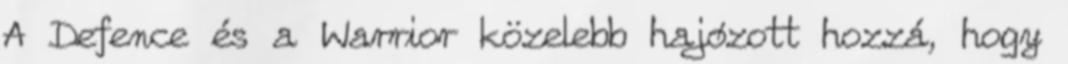
A Defence és a Warrior közelebb hajózott hozzá, hogy